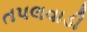
તપલવાડી